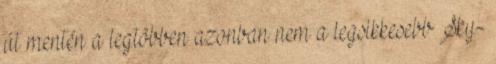
út mentén a legtöbben azonban nem a legsikkesebb Sky-